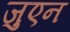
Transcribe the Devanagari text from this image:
जुएन